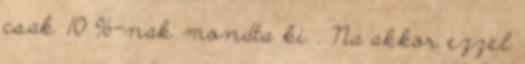
csak 10 %-nak mondta ki . Na akkor ezzel